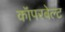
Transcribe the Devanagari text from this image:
कॉपरबेल्ट